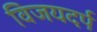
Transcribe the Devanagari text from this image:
विजयदर्प